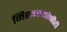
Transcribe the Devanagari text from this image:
मिशनर्‍यांनीही